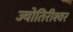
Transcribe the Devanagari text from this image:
ज्योतिरीश्‍वर